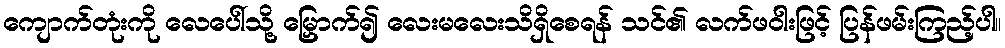
ကျောက်တုံးကို လေပေါ်သို့ မြှောက်၍ လေးမလေးသိရှိစေရန် သင်၏ လက်ဖဝါးဖြင့် ပြန်ဖမ်းကြည့်ပါ။